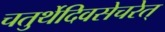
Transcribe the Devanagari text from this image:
चतुर्थेदिवसेचरेत्